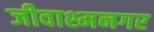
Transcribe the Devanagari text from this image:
जीवाश्मनगर